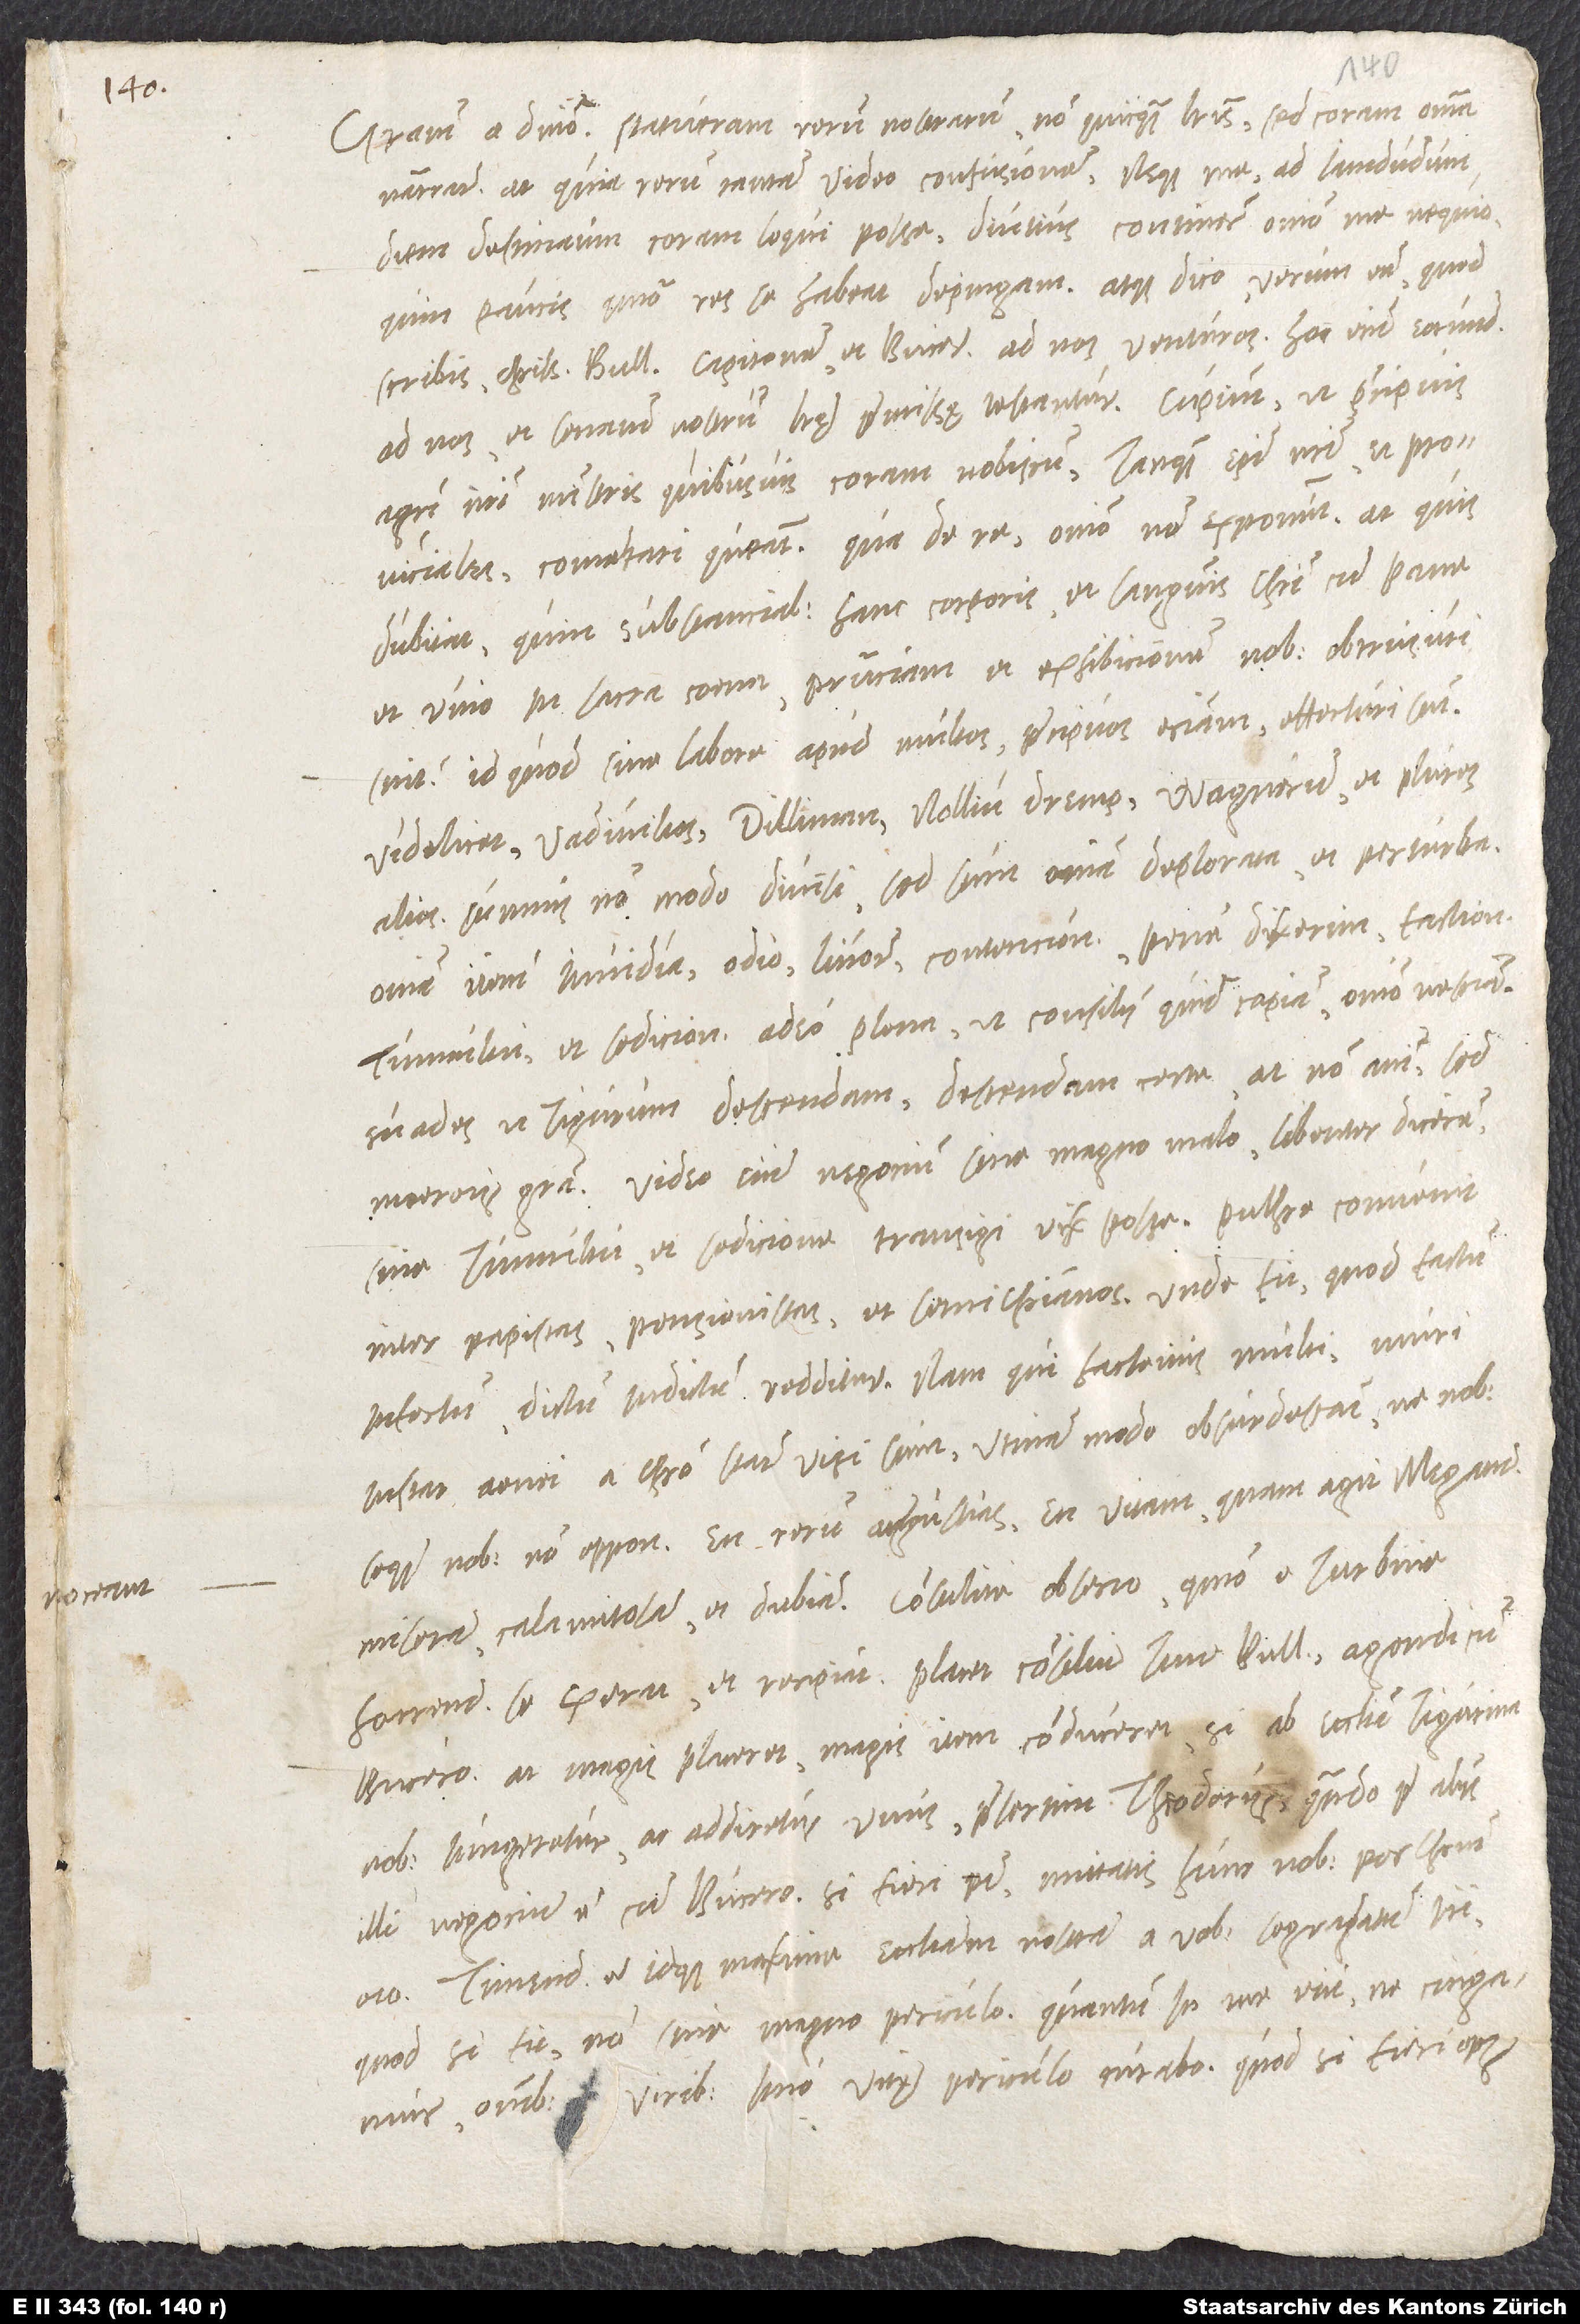
Gratiam a domino. Statueram rerum nostrarum non quicquam literis, sed coram omnia
narrare. At quia rerum tantam video confusionem neque me ad iamdudum
diem destinatum coram loqui posse, diutius continere omnino me nequeo,
quin paucis, quomodo res se habeat, depingam. At dico verum esse, quod
scribis, charissime Bullingere, Capitonem et Bucerum ad nos venturos. Hoc enim eorundem
ad nos et senatum nostrum literę praemissę testantur. Cupiunt, ut praecipuis
agri nostri ministris quibusvis coram nobiscum tanquam episcopi nostri et provinciales
comentari queant; qua de re, omnino non exponunt. At quis
dubitat, quin substancialem hanc corporis et sanguinis Christi cum pane
et vino in sacra coena praesenciam et exhibicionem nobis obtrusuri
sint? Id quod sine labore apud multos, praecipuos eciam, effecturi sunt,
videlicet Vadivilios, Dilliman, Nollium, Dremp, Wagnerum et plures
alios. Sumus non modo divisi, sed sunt omnia deplorata et perturbata,
omnia item invidia, odio, livore, contencione, pene dixerim faction,
tumultu et sedicione adeo plena, ut, consilii quid capiam, omnino nesciam.
Suades, ut Tigurum descendam. Descendam certe, at non animi, sed
moeroris gratia. Video enim negocium sine magno malo - libenter dicerem:
sine tumultu et sedicione - transigi vix posse. Pulchre convenit
inter papistas, pensionistas et semichristianos; unde fit, quod factum
infectum, dictum indictum redditur. Nam qui hactenus multi muri
instar aenei a Christo stare visi sunt, utinam modo obsurdescant, ne nobis
seque nobis non opponant. En rerum angustias, en vitam, quam agit Megander
miseram, calamitosam et dubiam! Consulite, obsecro, quomodo e turbine
horrendo se exerat et recipiat. Placet consilium tuum, Bullingere, agendi cum
Bucero; at magis placeret, magis item conduceret, si ab ecclesia Tigurina
nobis iungeretur ac addicetur unus, praesertim Theodorus, quando prae aliis
illi negocium est cum Bucero Si fieri potest, mittatis hunc nobis, per Christum
oro. Timendum est idque maxime ecclesiam nostram a vobis segregatum iri;
quod si fit, non sine magno periculo. Quantum in me erit, ne cingamur,
omnibus viribus, imo vitę periculo curabo. Quod si fieri